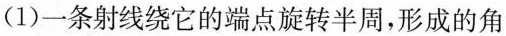
(1)一条射线绕它的端点旋转半周，形成的角